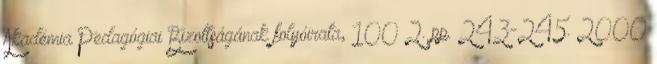
Akadémia Pedagógiai Bizottságának folyóirata, 100 2. pp. 243-245. 2000